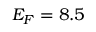
{ \cal E } _ { F } = 8 . 5